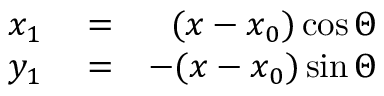
\begin{array} { r l r } { x _ { 1 } } & { { } = } & { ( x - x _ { 0 } ) \cos \Theta } \\ { y _ { 1 } } & { { } = } & { - ( x - x _ { 0 } ) \sin \Theta } \end{array}